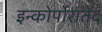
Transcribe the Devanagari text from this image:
इन्कोर्पोरातेद